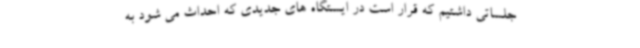
جلساتی داشتیم که قرار است در ایستگاه های جدیدی که احداث می شود به